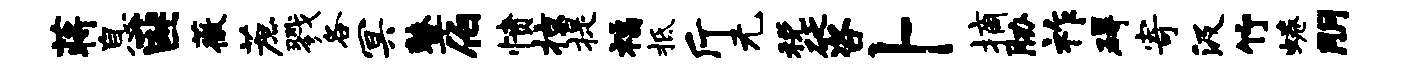
蒋息匪薇蔗戮各冥鼙伯愤掠提福柢斤无税砭咨卜摘胁祚碍寄汲竹蜷朋